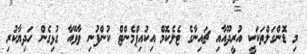
މި ޑޮންގަލްތަކަކީ އުރީދޫއާއި ޗައިނާގެ ޓެލެކޮމް އިކުއިޕްމެންޓް ކުންފުނި ވާވޭއާ ގުޅިގެން ހަދިޔާކުރި